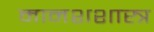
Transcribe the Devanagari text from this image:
मानशशास्त्र